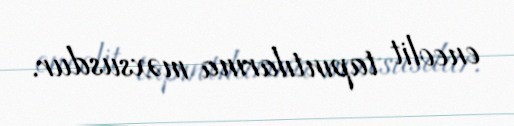
eneolit tapıntılarına məxsusdur.